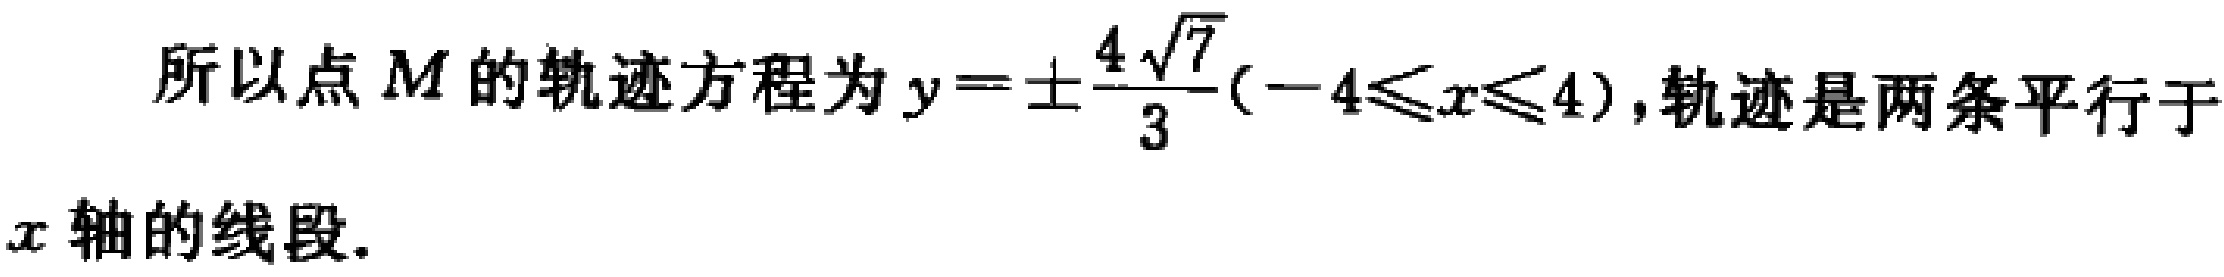
所以点 \(M\) 的轨迹方程为 \(y = \pm\frac{4\sqrt{7}}{3}(-4\leqslant x\leqslant 4)\)，轨迹是两条平行于 \(x\) 轴的线段.